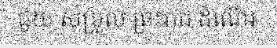
ជួយ សម្រួល ព្រះរាជ ដំណើរ